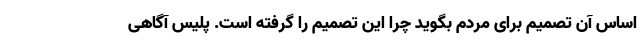
اساس آن تصمیم برای مردم بگوید چرا این تصمیم را گرفته است. پلیس آگاهی